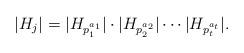
LaTeX: \begin{align*}|H_j|=|H_{p_1^{a_1}}|\cdot |H_{p_2^{a_2}}|\cdots|H_{p_t^{a_t}}|.\end{align*}